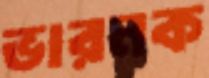
ভারনক